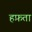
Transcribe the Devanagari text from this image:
हफ़ता